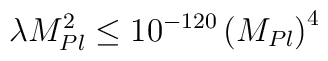
\lambda M_{Pl}^2 \leq 10^{-120} \left( M_{Pl}\right)^4